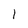
Character: 1